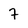
Character: 7